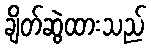
ချိတ်ဆွဲထားသည်